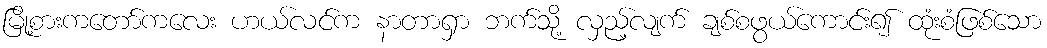
မြို့စားကတော်ကလေး ဟယ်လင်က နာတာရှာ ဘက်သို့ လှည့်လျက် ချစ်စဖွယ်ကောင်း၍ ထုံးစံဖြစ်သော